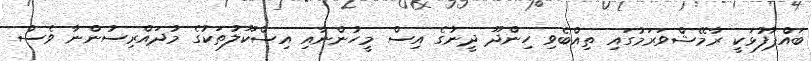
ބައްޕާފުޅަކީ ރާމޭޝްވަރަމުގައި ތިއްބެވި ހިންދޫ ދީނުގެ އިސް މީހުންނާއި އިސްކޫލުތަކުގެ މުދައްރިސުންނާ ވެސް